Vaccination in the Punjab 1919-1929 - 1919-1929
Year: 1919
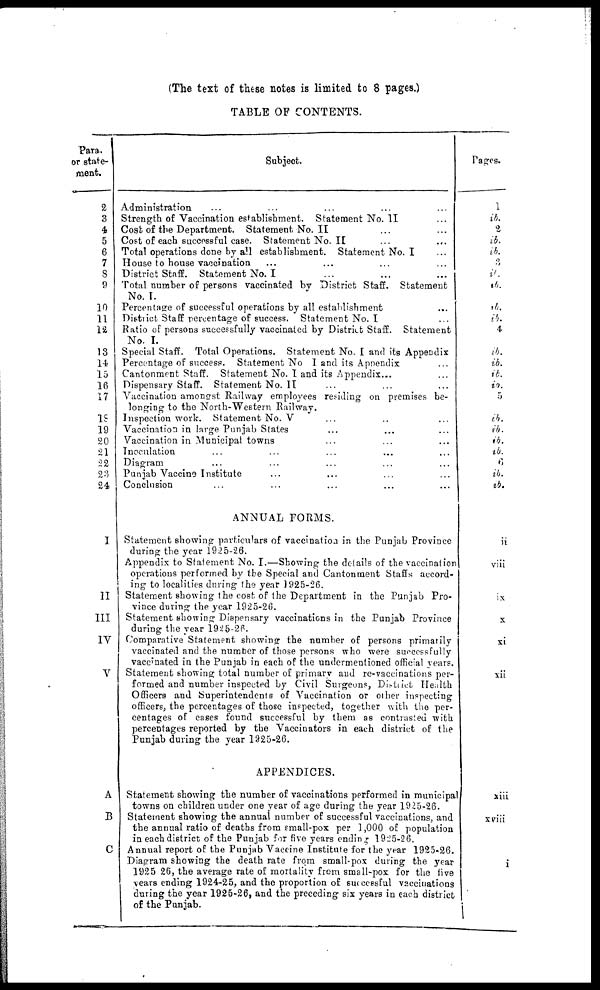
(The text of these notes is limited to 8 pages.)
TABLE OF CONTENTS.
Para
or state-
ment.
2
3
4
5
6
7
3
9
10
11
12
13
14
15
16
17
18
19
20
21
22
23
24
I
II
III
IV
V
A
B
C
Subject.
Administration
Strength of Vaccination establishment. Statement No. II
Cost of the Department. Statement No. II
Cost of each succeseful case. Statement No. II
Total operations done by all establishment. Statement No. I
House to house vaccination
District Staff. Statement No. I
Total number of persons vaccinated by District Staff. Statement
No. I.
Percentage of successful operations by all establishment
District Staff percentage of success. Statement No. I
Ratio of persons successfully vaccinated by District Staff. Statement
No. I.
Special Staff. Total Operations. Statement No. I and its Appendix
Percentage of success. Statement No 1 and its Appendix
Cantonmmt Staff. Statement No. I and its Appendix...
Dispensary Staff. Statement No.II
Vaccination amongst Railway employees residing on premises be-
longing to the North-Western Railway.
Inspection work. Statement No. V ... ... ...
Vaccination in large Punjab States ... ... ...
Vaccination in Municipal towns ... ... ...
Inoculation ... ... ... ...
Diagram ... ... ... ...
Punjab Vaccine Institute ... ... ... ...
Conclusion ... ... ... ...
ANNUAL FORMS.
Statement showing particulars of vaccination in the Punjab Province
during the year 1925-26.
Appendix to Statement No. I.—Showing the details of the vaccination
operations performed by the Special and Cantonment Staffs accord-
ing to localities during the year 1925-26.
Statement showing the cost of the Department in the Punjab Pro-
vince during the year 1925-26.
Statement showing Dispensary vaccinations in the Punjab Province
during the year 1925-26.
Comparative Statement showing the number of persons primarily
vaccinated and the number of those persons who were successfully
vaccinated in the Punjab in each of the undermentioned official years.
Statement showing total number of primary and re-vaccinations per-
formed and number inspected by Civil Surgeons, District Health
Officers and Superintendents of Vaccination or other inspecting
officers, the percentages of those inspected, together with the per-
centages of cases found successful by them as contrasted with
percentages reported by the Vaccinators in each district of the
Punjab during the year 1925-26.
APPENDICES.
Statement showing the number of vaccinations performed in municipal
towns on children under one year of age during the year 1925-26.
Statement showing the annual number of successful vaccinations, and
the annual ratio of deaths from small-pox per 1,000 of population
in each district of the Punjab for five years ending 1925-26.
Annual report of the Punjab Vaccine Institute for the year 1925-26.
Diagram showing the death rate from small-pox during the year
1925 26, the average rate of mortality from small-pox for the five
years ending 1924-25, and the proportion of successful vaccinations
during the year 1925-26, and the preceding six years in each district
of the Punjab.
Pages.
1
ib.
2
ib.
ib.
3
ib.
ib.
ib.
ib.
4
ib.
ib.
ib.
ib.
5
ib.
ib.
ib.
ib.
6
ib.
ib.
ii
viii
ix
x
xi
xii
xiii
xviii
i